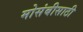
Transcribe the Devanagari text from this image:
मोसंबीसाठी